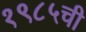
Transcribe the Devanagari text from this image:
१९८५ची